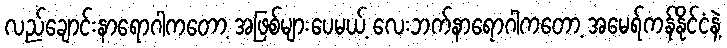
လည်ချောင်းနာရောဂါကတော့ အဖြစ်များပေမယ့် လေးဘက်နာရောဂါကတော့ အမေရ်ကန်နိုင်ငံနဲ့